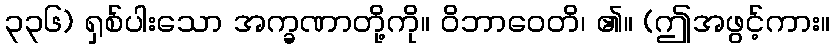
၃၃၆) ရှစ်ပါးသော အက္ခဏာတို့ကို။ ဝိဘာဝေတိ၊ ၏။ (ဤအဖွင့်ကား။